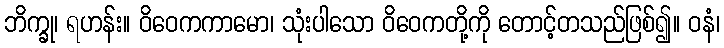
ဘိက္ခု၊ ရဟန်း။ ဝိဝေကကာမော၊ သုံးပါသော ဝိဝေကတို့ကို တောင့်တသည်ဖြစ်၍။ ဝနံ၊